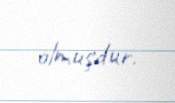
olmuşdur.